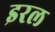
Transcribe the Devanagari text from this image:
इरल